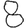
Digit: 8